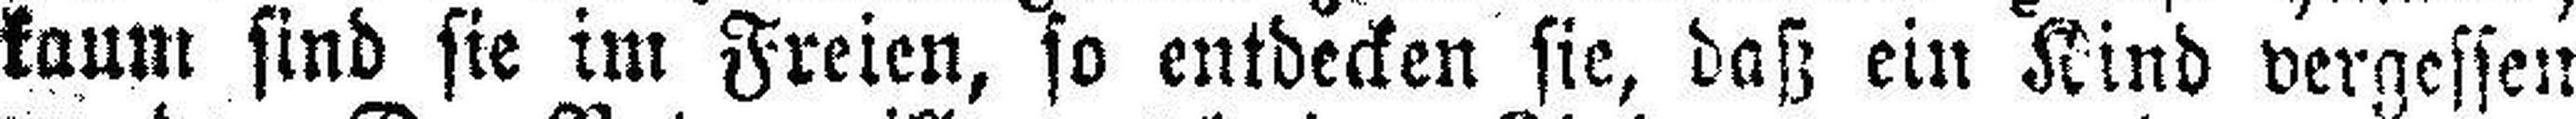
kaum sind sie im Freien, so entdecken sie, daß ein Kind vergessen